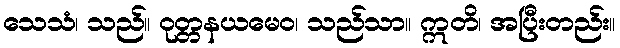
သေသံ၊ သည်။ ဝုတ္တနယမေဝ၊ သည်သာ။ ဣတိ၊ အပြီးတည်း။